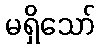
မရှိသော်